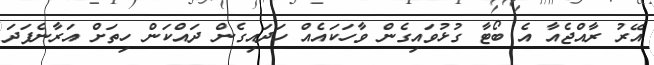
އޭރު ރާއްޖެއާ އެ ބޯޓާ ގުޅުވައިގެން ވާހަކައެއް ހަދައިގެން ދައްކަން ހިތަށް އަރާނެފަދަ